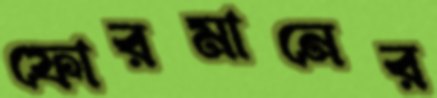
ফোরমানের